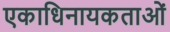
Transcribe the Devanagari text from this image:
एकाधिनायकताओं